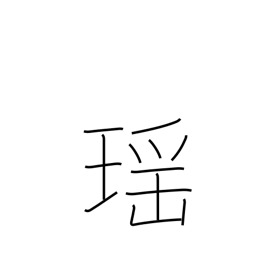
Meaning: beautiful as a jewel